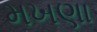
મખણા